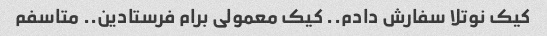
کیک نوتلا سفارش دادم.. کیک معمولی برام فرستادین.. متاسفم